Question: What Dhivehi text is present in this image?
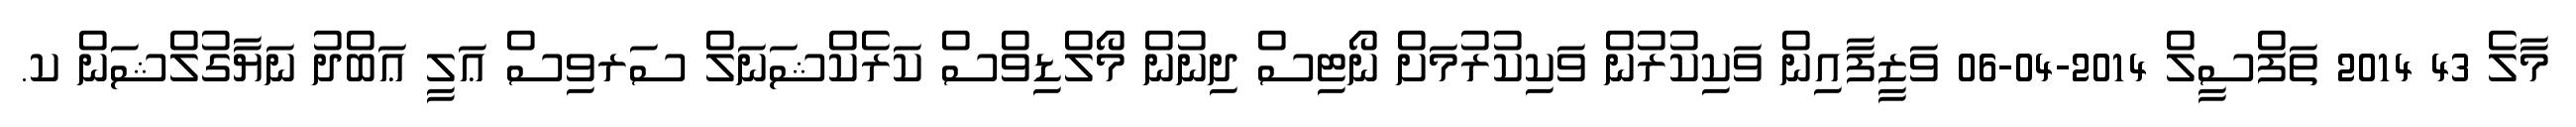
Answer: މާލެ 43 2014 ތަފްސީލް 2014-04-06 ވަޒީފާއިން ވަކިކުރުން ވަކިކުރުމަށް ނޯޓިސް ދިނުން މޯލްޑިވްސް ކަރެކްޝަނަލް ސަރވިސް ޢަލީ ޢަބްދު ނަޔާގުލްޝަން ކ.